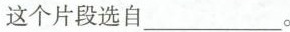
这个片段选自___。